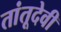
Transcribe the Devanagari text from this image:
तांतूदेवी